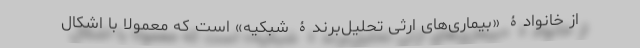
از خانوادۀ «بیماری‌های ارثی تحلیل‌برندۀ شبکیه» است که معمولا با اِشکال